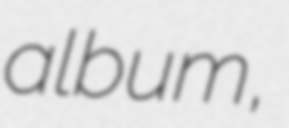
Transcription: album,